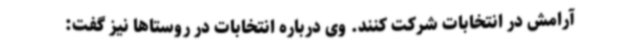
آرامش در انتخابات شرکت کنند. وی درباره انتخابات در روستاها نیز گفت: